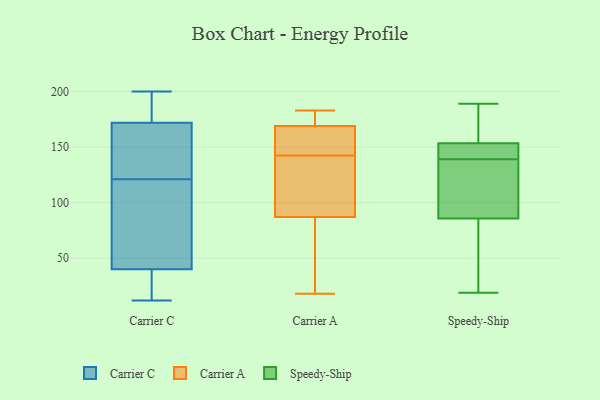
{"axis": {"x": "Energy Usage (MWh)", "y": "Value"}, "legend": ["Carrier A", "Carrier C", "Speedy-Ship"], "data": [{"x": "", "y": 156, "type": "Carrier C"}, {"x": "", "y": 12, "type": "Carrier C"}, {"x": "", "y": 187, "type": "Carrier C"}, {"x": "", "y": 21, "type": "Carrier C"}, {"x": "", "y": 149, "type": "Carrier C"}, {"x": "", "y": 40, "type": "Carrier C"}, {"x": "", "y": 39, "type": "Carrier C"}, {"x": "", "y": 95, "type": "Carrier C"}, {"x": "", "y": 73, "type": "Carrier C"}, {"x": "", "y": 105, "type": "Carrier C"}, {"x": "", "y": 172, "type": "Carrier C"}, {"x": "", "y": 200, "type": "Carrier C"}, {"x": "", "y": 137, "type": "Carrier C"}, {"x": "", "y": 172, "type": "Carrier C"}, {"x": "", "y": 167, "type": "Carrier A"}, {"x": "", "y": 169, "type": "Carrier A"}, {"x": "", "y": 183, "type": "Carrier A"}, {"x": "", "y": 87, "type": "Carrier A"}, {"x": "", "y": 121, "type": "Carrier A"}, {"x": "", "y": 146, "type": "Carrier A"}, {"x": "", "y": 79, "type": "Carrier A"}, {"x": "", "y": 183, "type": "Carrier A"}, {"x": "", "y": 139, "type": "Carrier A"}, {"x": "", "y": 18, "type": "Carrier A"}, {"x": "", "y": 137, "type": "Speedy-Ship"}, {"x": "", "y": 76, "type": "Speedy-Ship"}, {"x": "", "y": 152, "type": "Speedy-Ship"}, {"x": "", "y": 139, "type": "Speedy-Ship"}, {"x": "", "y": 189, "type": "Speedy-Ship"}, {"x": "", "y": 32, "type": "Speedy-Ship"}, {"x": "", "y": 189, "type": "Speedy-Ship"}, {"x": "", "y": 19, "type": "Speedy-Ship"}, {"x": "", "y": 115, "type": "Speedy-Ship"}, {"x": "", "y": 154, "type": "Speedy-Ship"}, {"x": "", "y": 54, "type": "Speedy-Ship"}, {"x": "", "y": 140, "type": "Speedy-Ship"}, {"x": "", "y": 134, "type": "Speedy-Ship"}, {"x": "", "y": 165, "type": "Speedy-Ship"}, {"x": "", "y": 150, "type": "Speedy-Ship"}]}